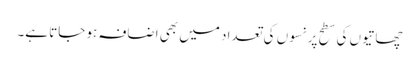
چھاتیوں کی سطح پر نسوں کی تعداد میں بھی اضافہ ہو جاتا ہے۔